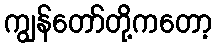
ကျွန်တော်တို့ကတော့